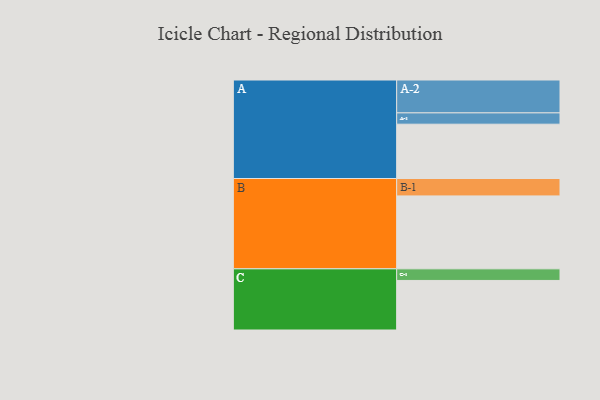
{"axis": {"x": "Segment", "y": "Value"}, "legend": ["", "A", "B", "C"], "data": [{"x": "A", "y": 365, "type": ""}, {"x": "B", "y": 490, "type": ""}, {"x": "C", "y": 333, "type": ""}, {"x": "A-1", "y": 76, "type": "A"}, {"x": "A-2", "y": 221, "type": "A"}, {"x": "B-1", "y": 117, "type": "B"}, {"x": "C-1", "y": 78, "type": "C"}]}